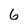
Character: 6